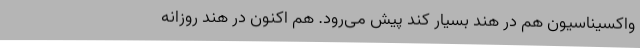
واکسیناسیون هم در هند بسیار کند پیش می‌رود. هم اکنون در هند روزانه